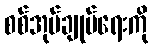
စစ်အုပ်ချုပ်ရေးကို